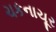
ચકનાચૂર